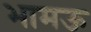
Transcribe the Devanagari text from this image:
भामऊ